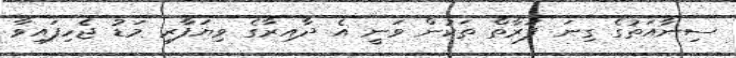
ސިނާއަތުގެ ގިނަ ފަރާތް ތަކުން ވަނީ އެ ދާއިރާގެ ވިޔަފާރި މަޑު ޖެހިފައިވާ